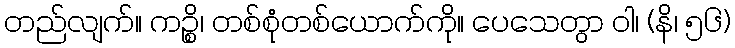
တည်လျက်။ ကဉ္စိ၊ တစ်စုံတစ်ယောက်ကို။ ပေသေတွာ ဝါ၊ (နိ၊ ၅၆)